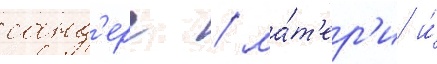
санд'ерс / ма́т'ер'и и́